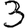
Digit: 3